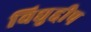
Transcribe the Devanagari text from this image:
विद्युद्दीप